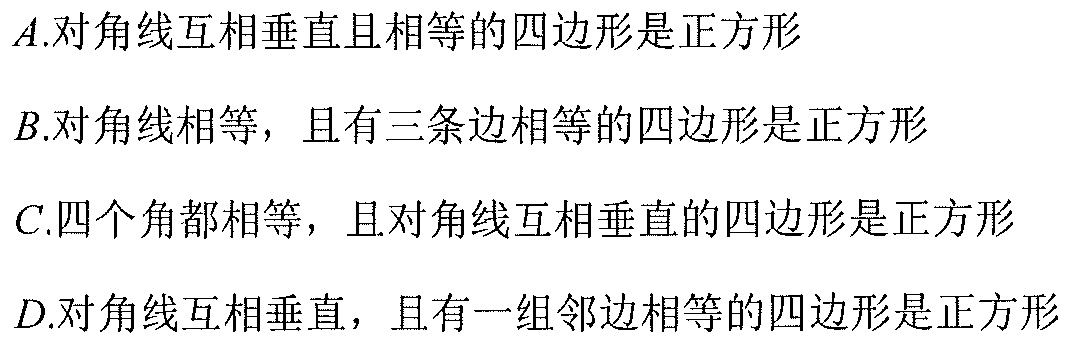
\(A.\)对角线互相垂直且相等的四边形是正方形
\(B.\)对角线相等，且有三条边相等的四边形是正方形
\(C.\)四个角都相等，且对角线互相垂直的四边形是正方形
\(D.\)对角线互相垂直，且有一组邻边相等的四边形是正方形